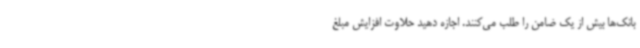
بانک‌ها بیش از یک ضامن را طلب می‌کنند. اجازه دهید حلاوت افزایش مبلغ